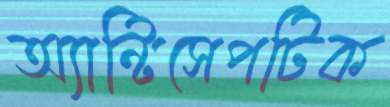
অ্যান্টিসেপটিক